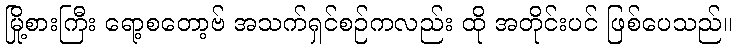
မြို့စားကြီး ရော့စတော့ဗ် အသက်ရှင်စဉ်ကလည်း ထို အတိုင်းပင် ဖြစ်ပေသည်။